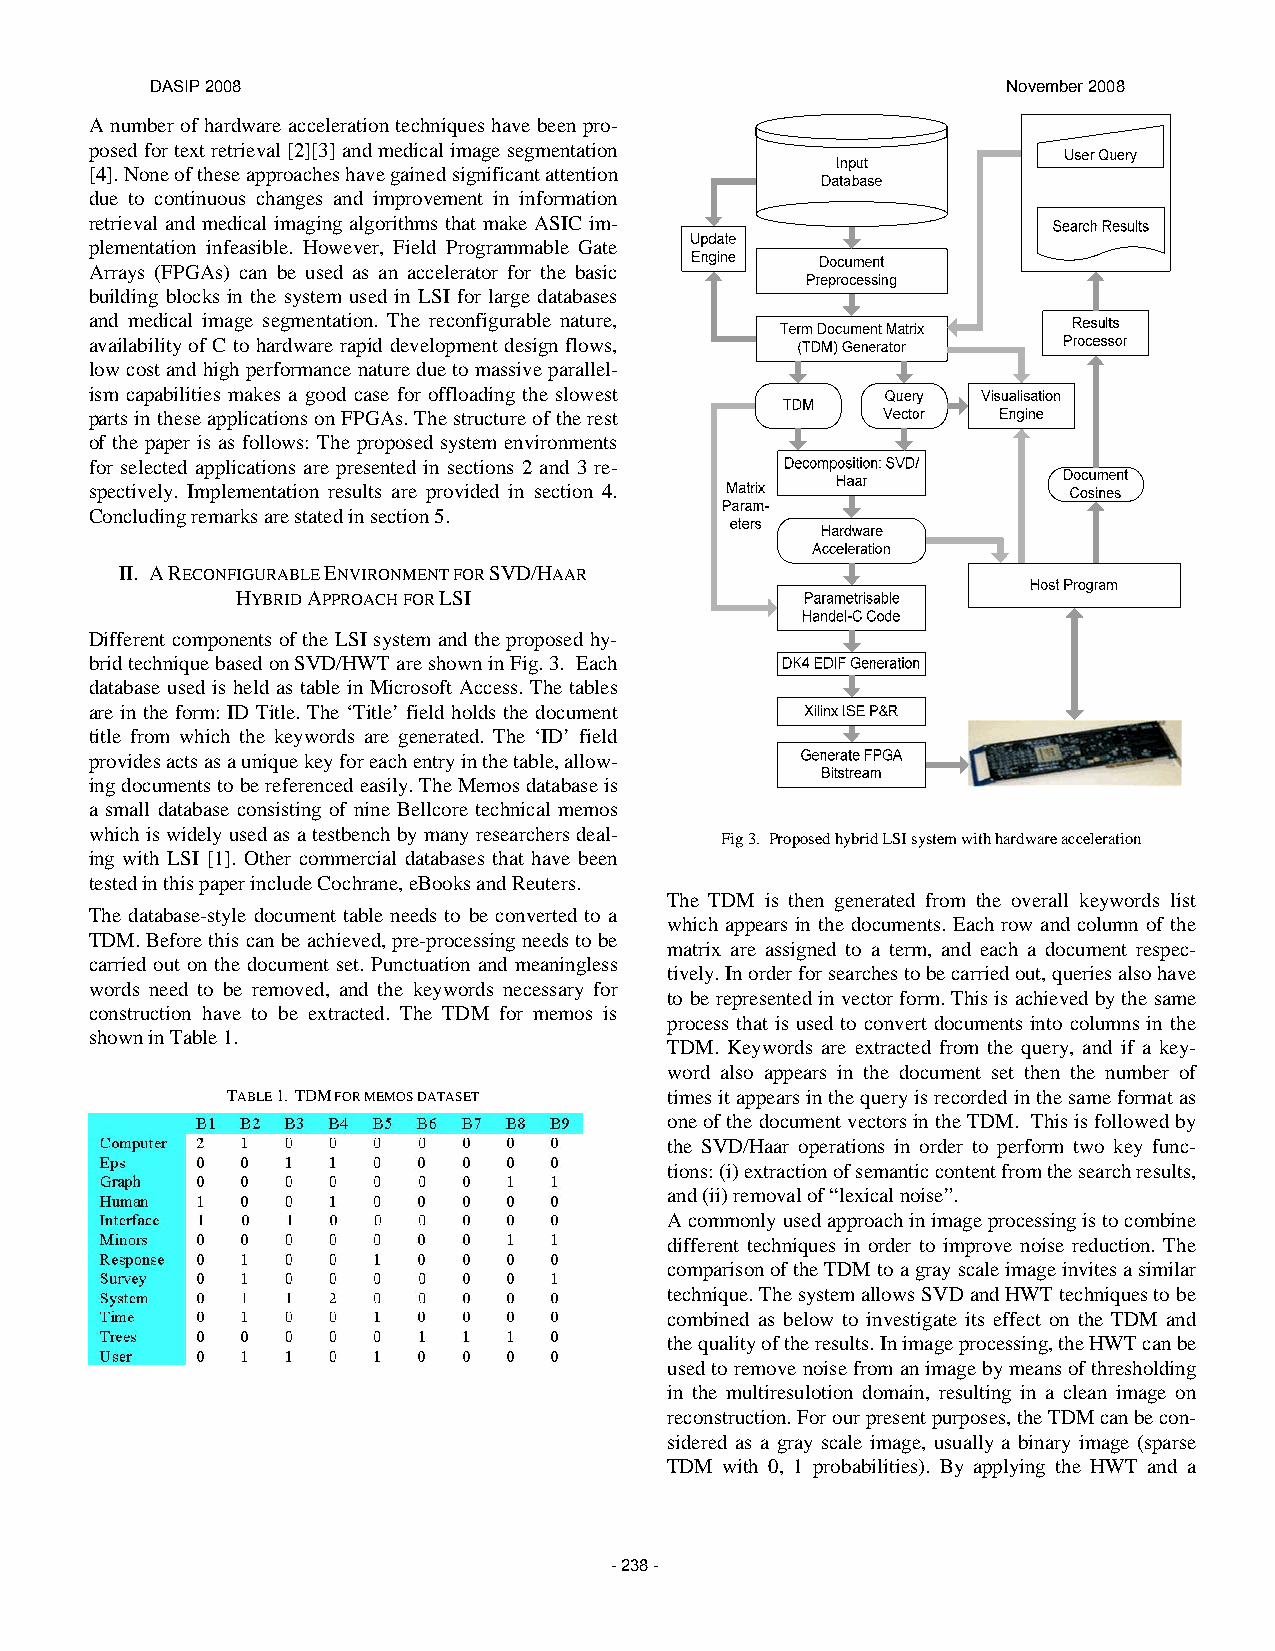
DASIP 2008                                               November 2008
 A number of hardware acceleration techniques have been pro-
 posed for text retrieval [2][3] and medical image segmentation
 [4]. None of these approaches have gained significant attention
 due to continuous changes and improvement in information
 retrieval and medical imaging algorithms that make ASIC im-
 plementation infeasible. However, Field Programmable Gate
 Arrays (FPGAs) can be used as an accelerator for the basic
 building blocks in the system used in LSI for large databases
 and medical image segmentation. The reconfigurable nature,
 availability of C to hardware rapid development design flows,
 low cost and high performance nature due to massive parallel-
 ism capabilities makes a good case for offloading the slowest
 parts in these applications on FPGAs. The structure of the rest
 of the paper is as follows: The proposed system environments
 for selected applications are presented in sections 2 and 3 re-
 spectively. Implementation results are provided in section 4.
 Concluding remarks are stated in section 5.
 II. A RECONFIGURABLE ENVIRONMENT FOR SVD/HAAR
 HYBRID APPROACH FOR LSI
 Different components of the LSI system and the proposed hy-
 brid technique based on SVD/HWT are shown in Fig. 3. Each
 database used is held as table in Microsoft Access. The tables
 are in the form: ID Title. The ‘Title’ field holds the document
 title from which the keywords are generated. The ‘ID’ field
 provides acts as a unique key for each entry in the table, allow-
 ing documents to be referenced easily. The Memos database is
 a small database consisting of nine Bellcore technical memos
 which is widely used as a testbench by many researchers deal-
 Fig 3. Proposed hybrid LSI system with hardware acceleration
 ing with LSI [1]. Other commercial databases that have been
 tested in this paper include Cochrane, eBooks and Reuters.
 The TDM is then generated from the overall keywords list
 The database-style document table needs to be converted to a
 which appears in the documents. Each row and column of the
 TDM. Before this can be achieved, pre-processing needs to be
 matrix are assigned to a term, and each a document respec-
 carried out on the document set. Punctuation and meaningless
 tively. In order for searches to be carried out, queries also have
 words need to be removed, and the keywords necessary for
 to be represented in vector form. This is achieved by the same
 construction have to be extracted. The TDM for memos is
 process that is used to convert documents into columns in the
 shown in Table 1.
 TDM. Keywords are extracted from the query, and if a key-
 word also appears in the document set then the number of
 TABLE 1. TDM FOR MEMOS DATASET times it appears in the query is recorded in the same format as
 one of the document vectors in the TDM. This is followed by
 the SVD/Haar operations in order to perform two key func-
 tions: (i) extraction of semantic content from the search results,
 and (ii) removal of “lexical noise”.
 A commonly used approach in image processing is to combine
 different techniques in order to improve noise reduction. The
 comparison of the TDM to a gray scale image invites a similar
 technique. The system allows SVD and HWT techniques to be
 combined as below to investigate its effect on the TDM and
 the quality of the results. In image processing, the HWT can be
 used to remove noise from an image by means of thresholding
 in the multiresulotion domain, resulting in a clean image on
 reconstruction. For our present purposes, the TDM can be con-
 sidered as a gray scale image, usually a binary image (sparse
 TDM with 0, 1 probabilities). By applying the HWT and a
 - 238 -